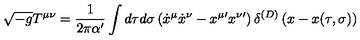
\sqrt { - g } T ^ { \mu \nu } = \frac { 1 } { 2 \pi \alpha ^ { \prime } } \int d \tau d \sigma \left( { \dot { x } } ^ { \mu } { \dot { x } } ^ { \nu } - x ^ { \mu \prime } x ^ { \nu \prime } \right) \delta ^ { ( D ) } \left( x - x ( \tau , \sigma ) \right)